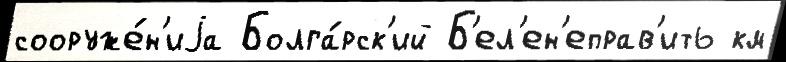
сооруже́н'иjа Болга́рск'ий Б'ел'ен'еправ'ить км